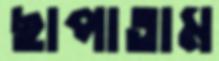
ছাপাতাম